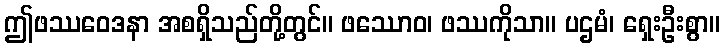
ဤဖဿဝေဒနာ အစရှိသည်တို့တွင်။ ဖဿောဝ၊ ဖဿကိုသာ။ ပဌမံ၊ ရှေးဦးစွာ။